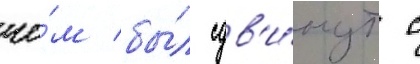
че́м бы́л сдв'и́нут с